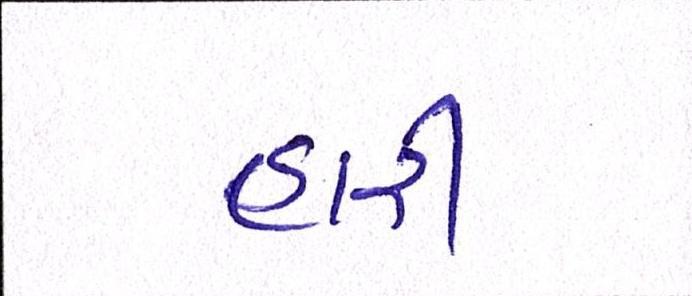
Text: હારી